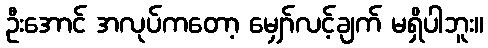
ဦးအောင် အလုပ်ကတော့ မျှော်လင့်ချက် မရှိပါဘူး။